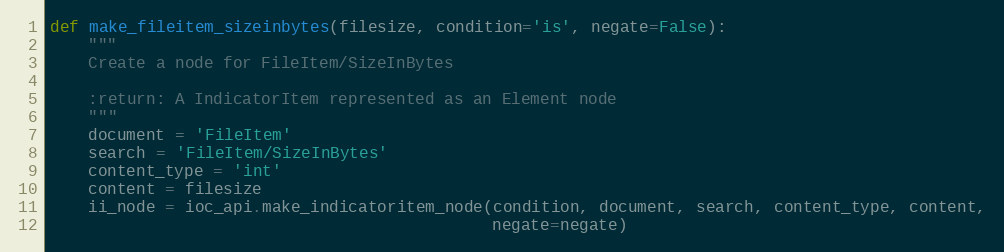
Language: Python
def make_fileitem_sizeinbytes(filesize, condition='is', negate=False):
    """
    Create a node for FileItem/SizeInBytes

    :return: A IndicatorItem represented as an Element node
    """
    document = 'FileItem'
    search = 'FileItem/SizeInBytes'
    content_type = 'int'
    content = filesize
    ii_node = ioc_api.make_indicatoritem_node(condition, document, search, content_type, content,
                                              negate=negate)